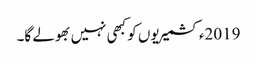
2019ءکشمیریوں کو کبھی نہیں بھولے گا۔